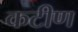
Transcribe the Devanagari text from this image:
कटीण